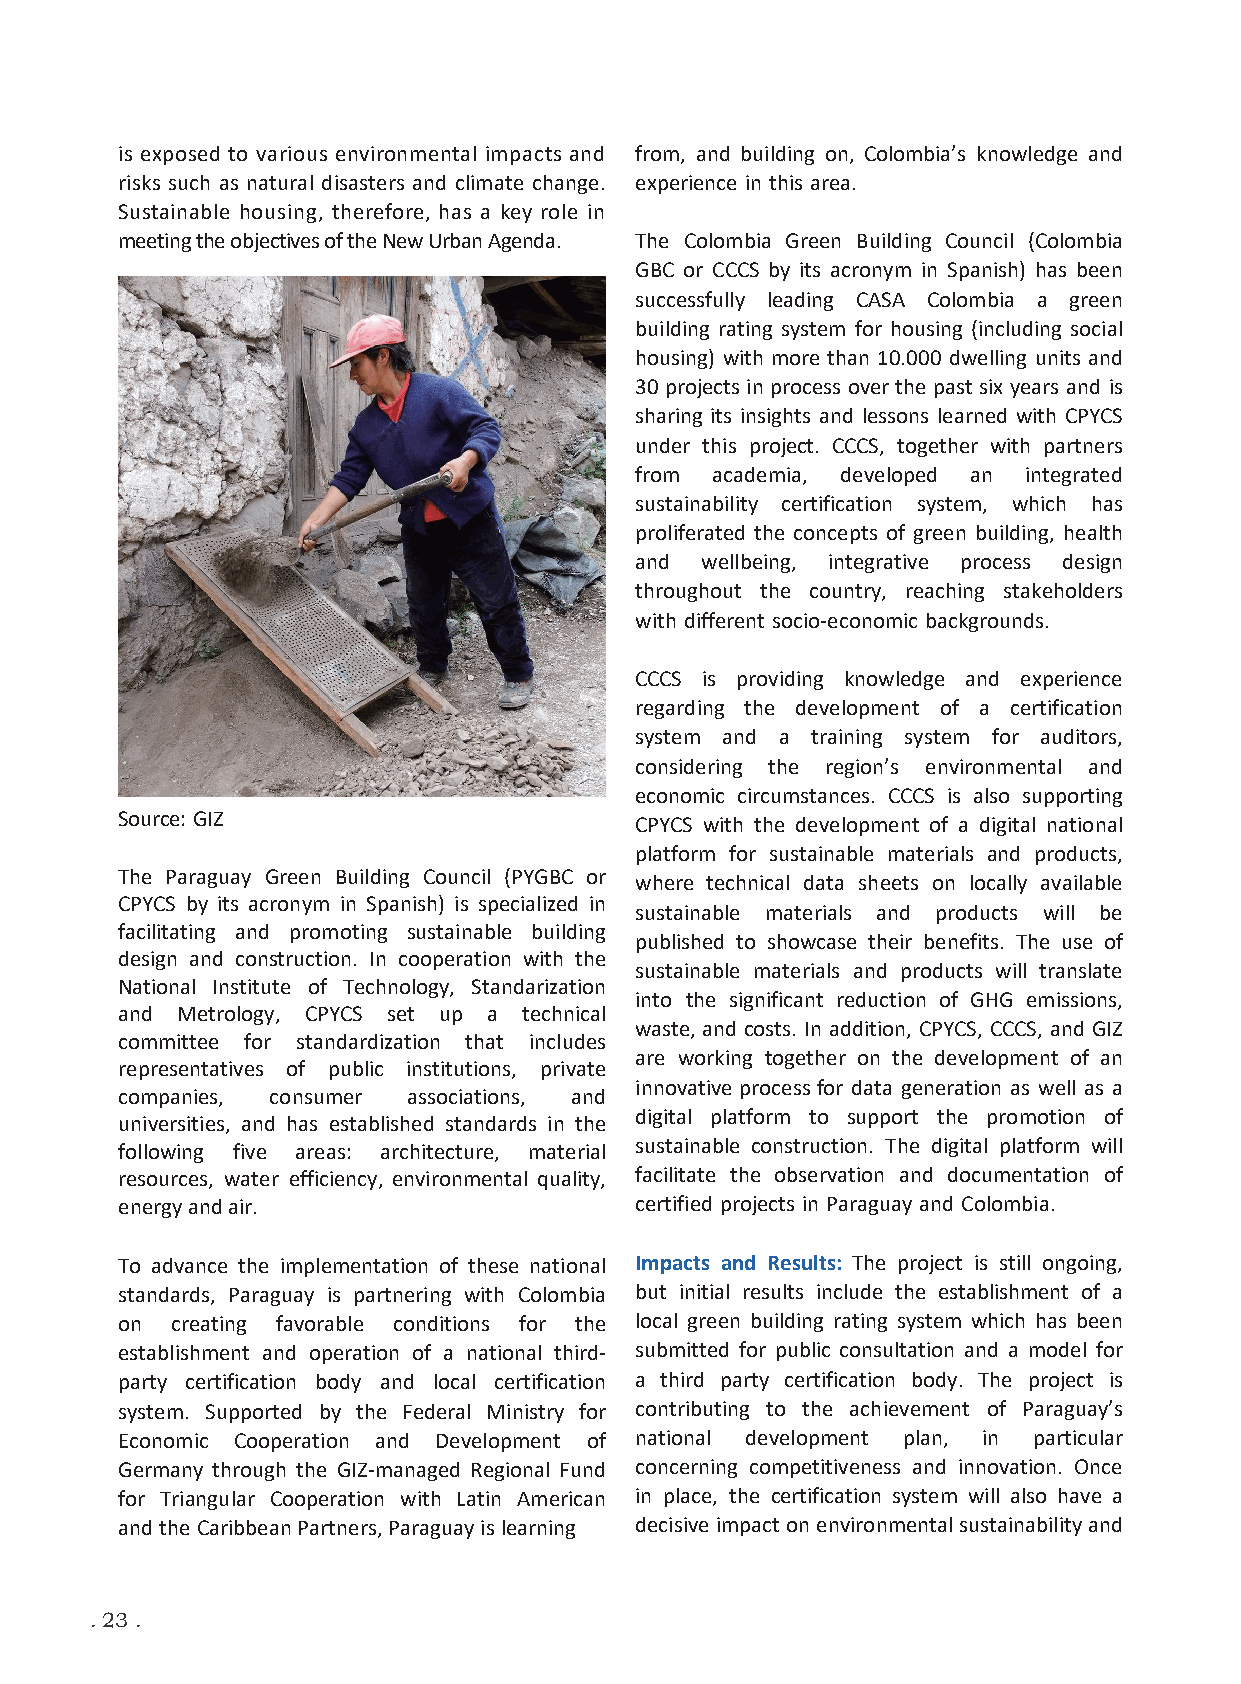
is exposed to various environmental impacts and from, and building on, Colombia’s knowledge and
 risks such as natural disasters and climate change. experience in this area.
 Sustainable housing, therefore, has a key role in
 meeting the objectives of the New Urban Agenda. The Colombia Green Building Council (Colombia
 GBC or CCCS by its acronym in Spanish) has been
 successfully leading CASA Colombia a green
 building rating system for housing (including social
 housing) with more than 10.000 dwelling units and
 30 projects in process over the past six years and is
 sharing its insights and lessons learned with CPYCS
 under this project. CCCS, together with partners
 from academia, developed an integrated
 sustainability certification system, which has
 proliferated the concepts of green building, health
 and wellbeing, integrative process design
 throughout the country, reaching stakeholders
 with different socio-economic backgrounds.
 CCCS is providing knowledge and experience
 regarding the development of a certification
 system and a training system for auditors,
 considering the region’s environmental and
 economic circumstances. CCCS is also supporting
 Source: GIZ                       CPYCS with the development of a digital national
 platform for sustainable materials and products,
 The Paraguay Green Building Council (PYGBC or
 where technical data sheets on locally available
 CPYCS by its acronym in Spanish) is specialized in
 sustainable materials and products will be
 facilitating and promoting sustainable building
 published to showcase their benefits. The use of
 design and construction. In cooperation with the
 sustainable materials and products will translate
 National Institute of Technology, Standarization
 into the significant reduction of GHG emissions,
 and Metrology, CPYCS set up a technical
 waste, and costs. In addition, CPYCS, CCCS, and GIZ
 committee for standardization that includes
 are working together on the development of an
 representatives of public institutions, private
 innovative process for data generation as well as a
 companies, consumer associations, and
 digital platform to support the promotion of
 universities, and has established standards in the
 following five areas: architecture, material sustainable construction. The digital platform will
 resources, water efficiency, environmental quality, facilitate the observation and documentation of
 energy and air.                   certified projects in Paraguay and Colombia.
 To advance the implementation of these national Impacts and Results: The project is still ongoing,
 standards, Paraguay is partnering with Colombia but initial results include the establishment of a
 on creating favorable conditions for the local green building rating system which has been
 establishment and operation of a national third- submitted for public consultation and a model for
 party certification body and local certification a third party certification body. The project is
 system. Supported by the Federal Ministry for contributing to the achievement of Paraguay’s
 Economic Cooperation and Development of national development plan, in particular
 Germany through the GIZ-managed Regional Fund concerning competitiveness and innovation. Once
 for Triangular Cooperation with Latin American in place, the certification system will also have a
 and the Caribbean Partners, Paraguay is learning decisive impact on environmental sustainability and
 . 23 .